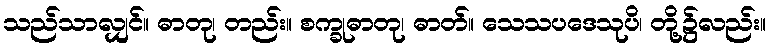
သည်သာလျှင်။ ဓာတု၊ တည်း။ စက္ခုဓာတု၊ ဓာတ်။ သေသပဒေသုပိ၊ တို့၌လည်း။